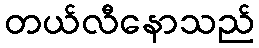
တယ်လီနောသည်